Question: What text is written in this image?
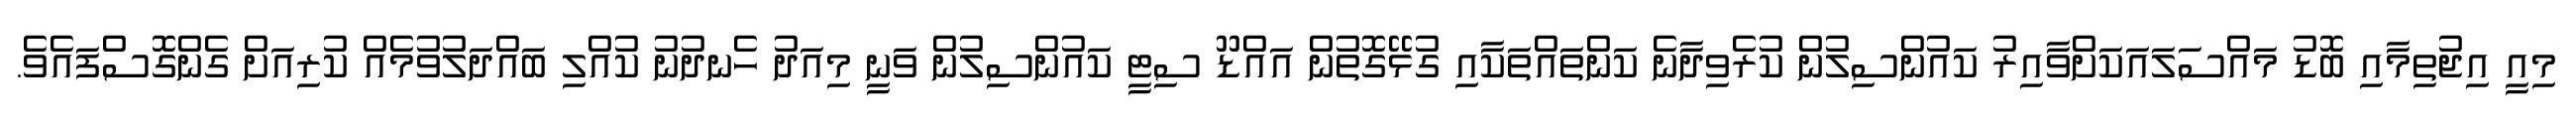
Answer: މިއީ އިޖުތިމާއި ބޮޑު މައްސަލައަކަށްވާއިރު ކައުންސިލުން ކުރެވިދާނެ ކަންތައްތަކާއި ގުޅޭގޮތުން އައްޑޫ ސިޓީ ކައުންސިލުން ވަނީ މިއަދު ހެނދުނު ކުއްލި ބައްދަލުވުމެއް ކުރިއަށް ގެންގޮސްފައެވެ.